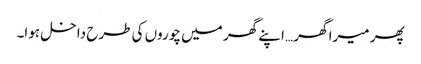
پھر میرا گھر… اپنے گھر میں چوروں کی طرح داخل ہوا۔